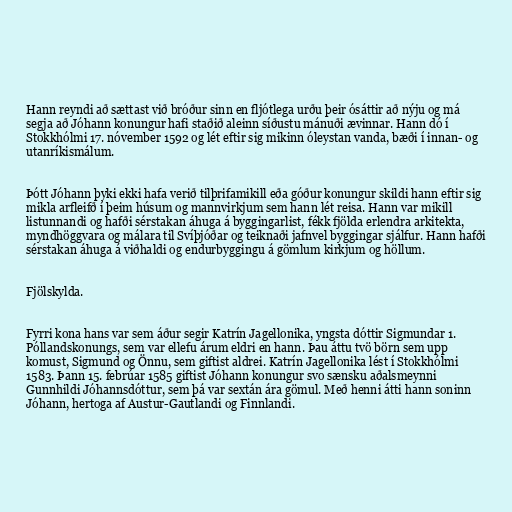
Hann reyndi að sættast við bróður sinn en fljótlega urðu þeir ósáttir að nýju og má
segja að Jóhann konungur hafi staðið aleinn síðustu mánuði ævinnar. Hann dó í
Stokkhólmi 17. nóvember 1592 og lét eftir sig mikinn óleystan vanda, bæði í innan- og
utanríkismálum.

Þótt Jóhann þyki ekki hafa verið tilþrifamikill eða góður konungur skildi hann eftir sig
mikla arfleifð í þeim húsum og mannvirkjum sem hann lét reisa. Hann var mikill
listunnandi og hafði sérstakan áhuga á byggingarlist, fékk fjölda erlendra arkitekta,
myndhöggvara og málara til Svíþjóðar og teiknaði jafnvel byggingar sjálfur. Hann hafði
sérstakan áhuga á viðhaldi og endurbyggingu á gömlum kirkjum og höllum.

Fjölskylda.

Fyrri kona hans var sem áður segir Katrín Jagellonika, yngsta dóttir Sigmundar 1.
Póllandskonungs, sem var ellefu árum eldri en hann. Þau áttu tvö börn sem upp
komust, Sigmund og Önnu, sem giftist aldrei. Katrín Jagellonika lést í Stokkhólmi
1583. Þann 15. febrúar 1585 giftist Jóhann konungur svo sænsku aðalsmeynni
Gunnhildi Jóhannsdóttur, sem þá var sextán ára gömul. Með henni átti hann soninn
Jóhann, hertoga af Austur-Gautlandi og Finnlandi.